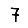
Digit: 7